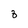
Character: 8